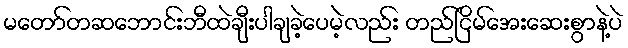
မတော်တဆဘောင်းဘီထဲချီးပါချခဲ့ပေမဲ့လည်း တည်ငြိမ်အေးဆေးစွာနဲ့ပဲ